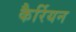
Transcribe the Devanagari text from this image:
कैर्रियन